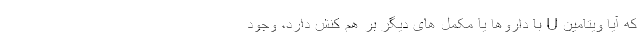
که آیا ویتامین U با داروها یا مکمل های دیگر بر هم کنش دارد، وجود